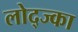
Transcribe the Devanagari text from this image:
लोद्ज्का